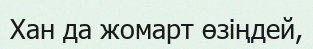
Хан да жомарт өзіңдей,